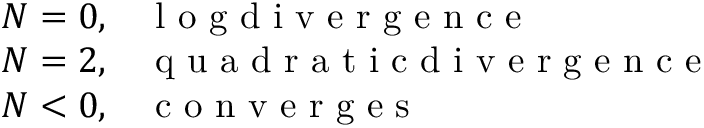
\begin{array} { l l } { N = 0 , } & { \mathrm { ~ l ~ o ~ g ~ d ~ i ~ v ~ e ~ r ~ g ~ e ~ n ~ c ~ e ~ } } \\ { N = 2 , } & { \mathrm { ~ q ~ u ~ a ~ d ~ r ~ a ~ t ~ i ~ c ~ d ~ i ~ v ~ e ~ r ~ g ~ e ~ n ~ c ~ e ~ } } \\ { N < 0 , } & { \mathrm { ~ c ~ o ~ n ~ v ~ e ~ r ~ g ~ e ~ s ~ } } \end{array}